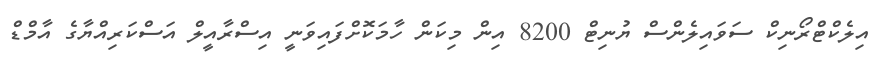
އިލެކްޓްރޯނިކް ސަވައިލެންސް ޔުނިޓް 8200 އިން މިކަން ހާމަކޮށްފައިވަނީ އިސްރާއީލް އަސްކަރިއްޔާގެ އާމްޑް